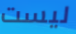
ليست